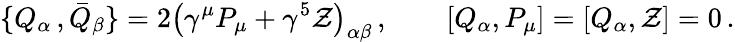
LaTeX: \{ Q_{\alpha}\, ,{\bar{Q}}_{\beta}\} =2\left(\gamma^{\mu}P_{\mu}+\gamma^{5}{\cal Z}\right)_{\alpha\beta}\, ,\qquad\left[Q_{\alpha},P_{\mu}\right]=\left[Q_{\alpha},{\cal Z}\right]=0\, .